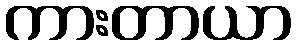
ကားတာယာ